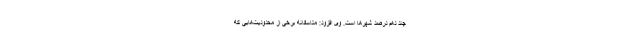
چند دهم درصد شهرها است. وی افزود: متاسفانه برخی از محدودیت‌هایی که